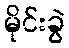
မိုင်းခွဲ